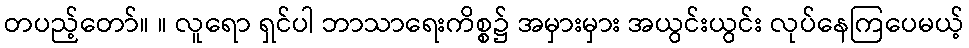
တပည့်တော်။ ။ လူရော ရှင်ပါ ဘာသာရေးကိစ္စ၌ အမှားမှား အယွင်းယွင်း လုပ်နေကြပေမယ့်